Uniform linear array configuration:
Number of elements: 24
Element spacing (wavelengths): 0.5
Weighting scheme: hamming
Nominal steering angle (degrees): -60
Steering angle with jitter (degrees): -59.238
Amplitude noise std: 0.05
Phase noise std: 0.05

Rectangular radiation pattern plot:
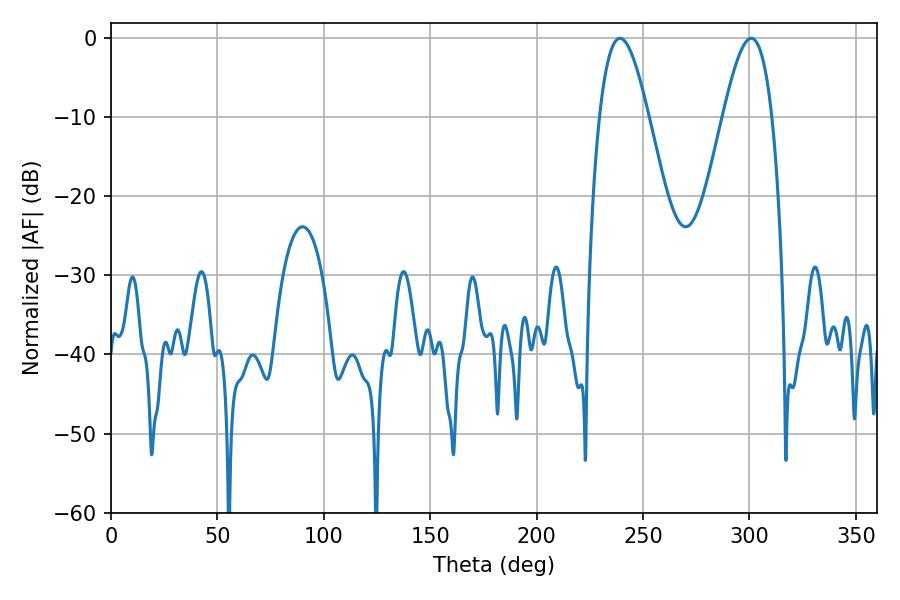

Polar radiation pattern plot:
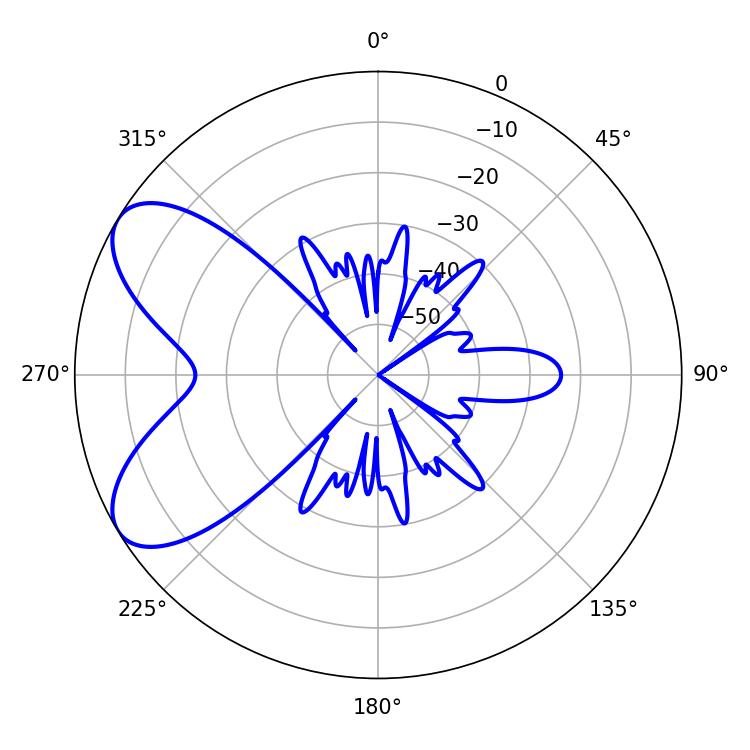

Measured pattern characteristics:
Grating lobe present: FALSE
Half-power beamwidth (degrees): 12.42
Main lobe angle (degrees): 239.22